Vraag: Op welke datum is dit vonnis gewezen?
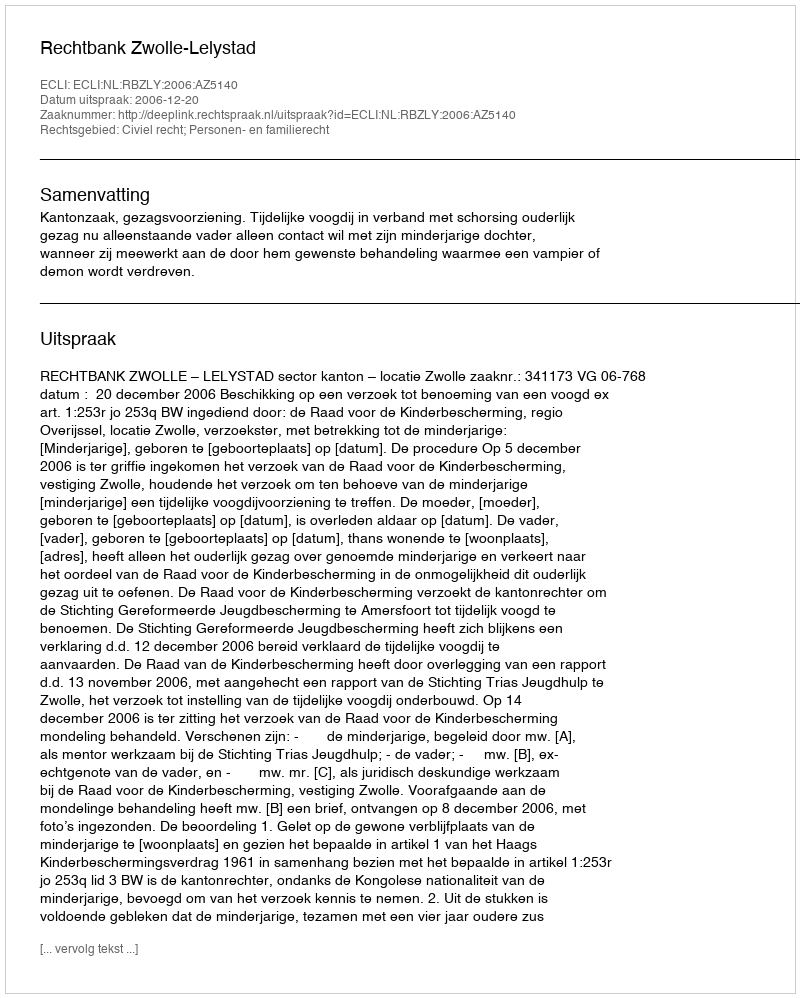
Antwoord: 2006-12-20